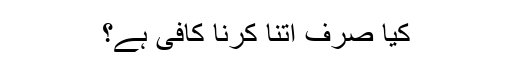
کیا صرف اتنا کرنا کافی ہے؟